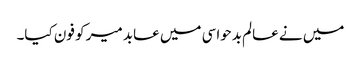
میں نے عالم بدحواسی میں عابد میر کو فون کیا۔